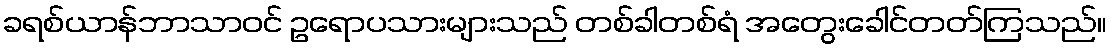
ခရစ်ယာန်ဘာသာဝင် ဥရောပသားများသည် တစ်ခါတစ်ရံ အတွေးခေါင်တတ်ကြသည်။